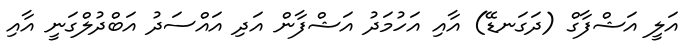
އަލީ އަޝްފާގް (ދަގަނޑޭ) އާއި އަހުމަދު އަޝްފާން އަދި އައްސަދު އަބްދުލްގަނީ އާއި